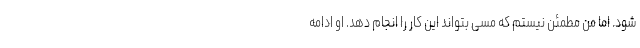
شود. اما من مطمئن نیستم که مسی بتواند این کار را انجام دهد. او ادامه